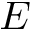
E